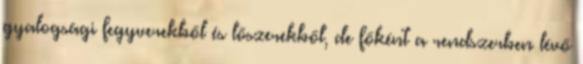
gyalogsági fegyverekből és lőszerekből, de főként a rendszerben lévő